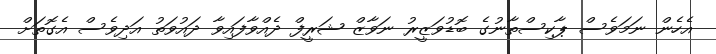
އެހެން ނަމަވެސް ޕާކިސްތާނުގެ ބޮޑުވަޒީރު ނަވާޒް ޝަރީފް ދެއްވާފައިވާ ދައުވަތު އަދިވެސް އެގޮތަށް